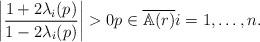
LaTeX: \begin{align*}\left| \frac{1+ 2\lambda _i (p)}{1-2\lambda _i (p)}\right| > 0 p \in \overline{\mathbb A (r)} i =1, \ldots , n.\end{align*}